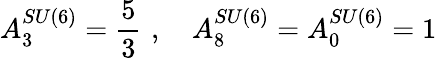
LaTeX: A_{3}^{SU(6)}=\frac{5}{3}\, \, ,\quad A_{8}^{SU(6)}=A_{0}^{SU(6)}=1